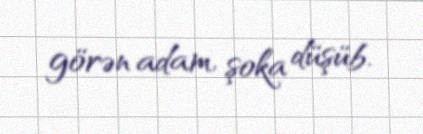
görən adam, şoka düşüb.